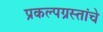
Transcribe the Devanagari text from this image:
प्रकल्पग्रस्तांचे